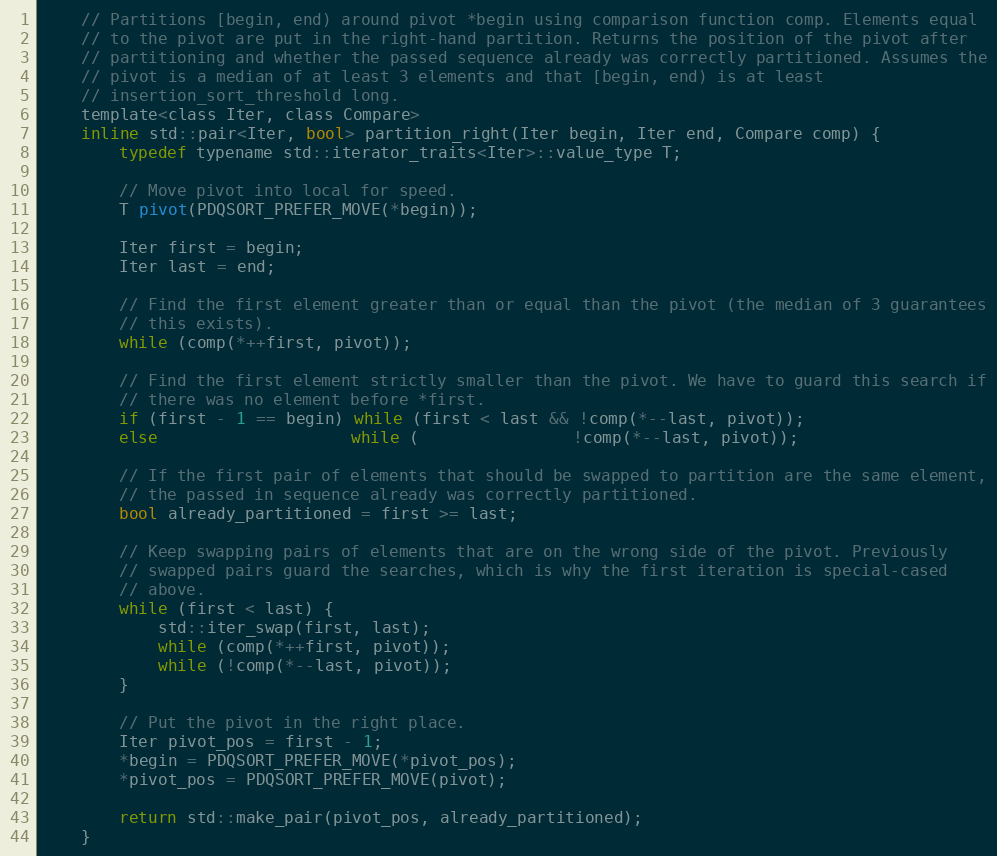
Language: C
    // Partitions [begin, end) around pivot *begin using comparison function comp. Elements equal
    // to the pivot are put in the right-hand partition. Returns the position of the pivot after
    // partitioning and whether the passed sequence already was correctly partitioned. Assumes the
    // pivot is a median of at least 3 elements and that [begin, end) is at least
    // insertion_sort_threshold long.
    template<class Iter, class Compare>
    inline std::pair<Iter, bool> partition_right(Iter begin, Iter end, Compare comp) {
        typedef typename std::iterator_traits<Iter>::value_type T;

        // Move pivot into local for speed.
        T pivot(PDQSORT_PREFER_MOVE(*begin));

        Iter first = begin;
        Iter last = end;

        // Find the first element greater than or equal than the pivot (the median of 3 guarantees
        // this exists).
        while (comp(*++first, pivot));

        // Find the first element strictly smaller than the pivot. We have to guard this search if
        // there was no element before *first.
        if (first - 1 == begin) while (first < last && !comp(*--last, pivot));
        else                    while (                !comp(*--last, pivot));

        // If the first pair of elements that should be swapped to partition are the same element,
        // the passed in sequence already was correctly partitioned.
        bool already_partitioned = first >= last;

        // Keep swapping pairs of elements that are on the wrong side of the pivot. Previously
        // swapped pairs guard the searches, which is why the first iteration is special-cased
        // above.
        while (first < last) {
            std::iter_swap(first, last);
            while (comp(*++first, pivot));
            while (!comp(*--last, pivot));
        }

        // Put the pivot in the right place.
        Iter pivot_pos = first - 1;
        *begin = PDQSORT_PREFER_MOVE(*pivot_pos);
        *pivot_pos = PDQSORT_PREFER_MOVE(pivot);

        return std::make_pair(pivot_pos, already_partitioned);
    }